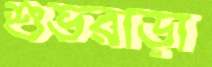
শুভরাড়া